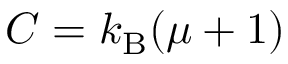
C = k _ { \mathrm { B } } ( \mu + 1 )